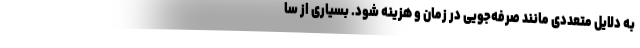
به دلایل متعددی مانند صرفه‌جویی در زمان و هزینه شود. بسیاری از سا